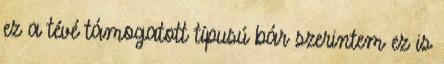
ez a tévé támogatott típusú bár szerintem ez is